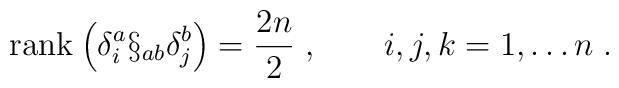
\mbox{rank}\:\Bigl(\delta^a_i\S_{ab}\delta^b_j\Bigr)=\frac{2n}{2}\; ,\qquad i,j,k=1,\ldots n\; .